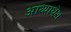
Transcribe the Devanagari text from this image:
आध्याधेश